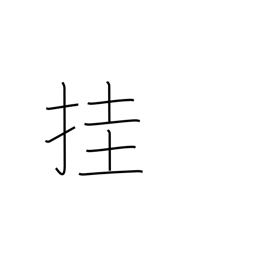
Meaning: hang